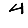
Digit: 4